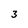
Character: 3